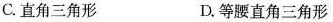
C.直角三角形 D.等腰直角三角形